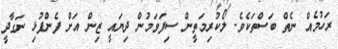
ރަހުމެއް ނެތް ބަސްތަކެވެ. ލޯކުރިމަތީން ސިފަވަމުން ދިޔައީ ޒިން އަށް ފެންފުޅި ނަގާދީ